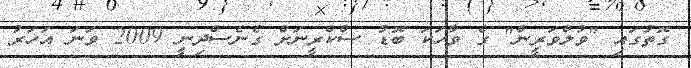
ގޮތުގައި "ވުލްވަރީން" ގެ ވާހަކަ ބޮޑު ސްކްރީނަށް ގެނެސްދިނީ 2009 ވަނަ އަހަރު